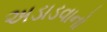
અડાડવાનો